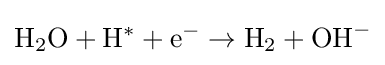
\mathrm {H} _{2}\mathrm {O} +\mathrm {H} ^{*}+\mathrm {e} ^{-}\rightarrow \mathrm {H} _{2}+\mathrm {OH} ^{-}